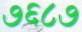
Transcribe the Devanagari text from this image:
७६८७